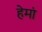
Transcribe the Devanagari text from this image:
हेमां